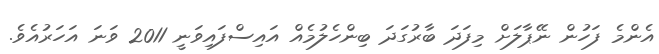
އެންމެ ފަހުން ނޭޕާލަށް މިފަދަ ބާރުގަދަ ބިންހެލުމެއް އައިސްފައިވަނީ 2011 ވަނަ އަހަރުއެވެ.